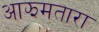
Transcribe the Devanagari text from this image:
आझमतारा